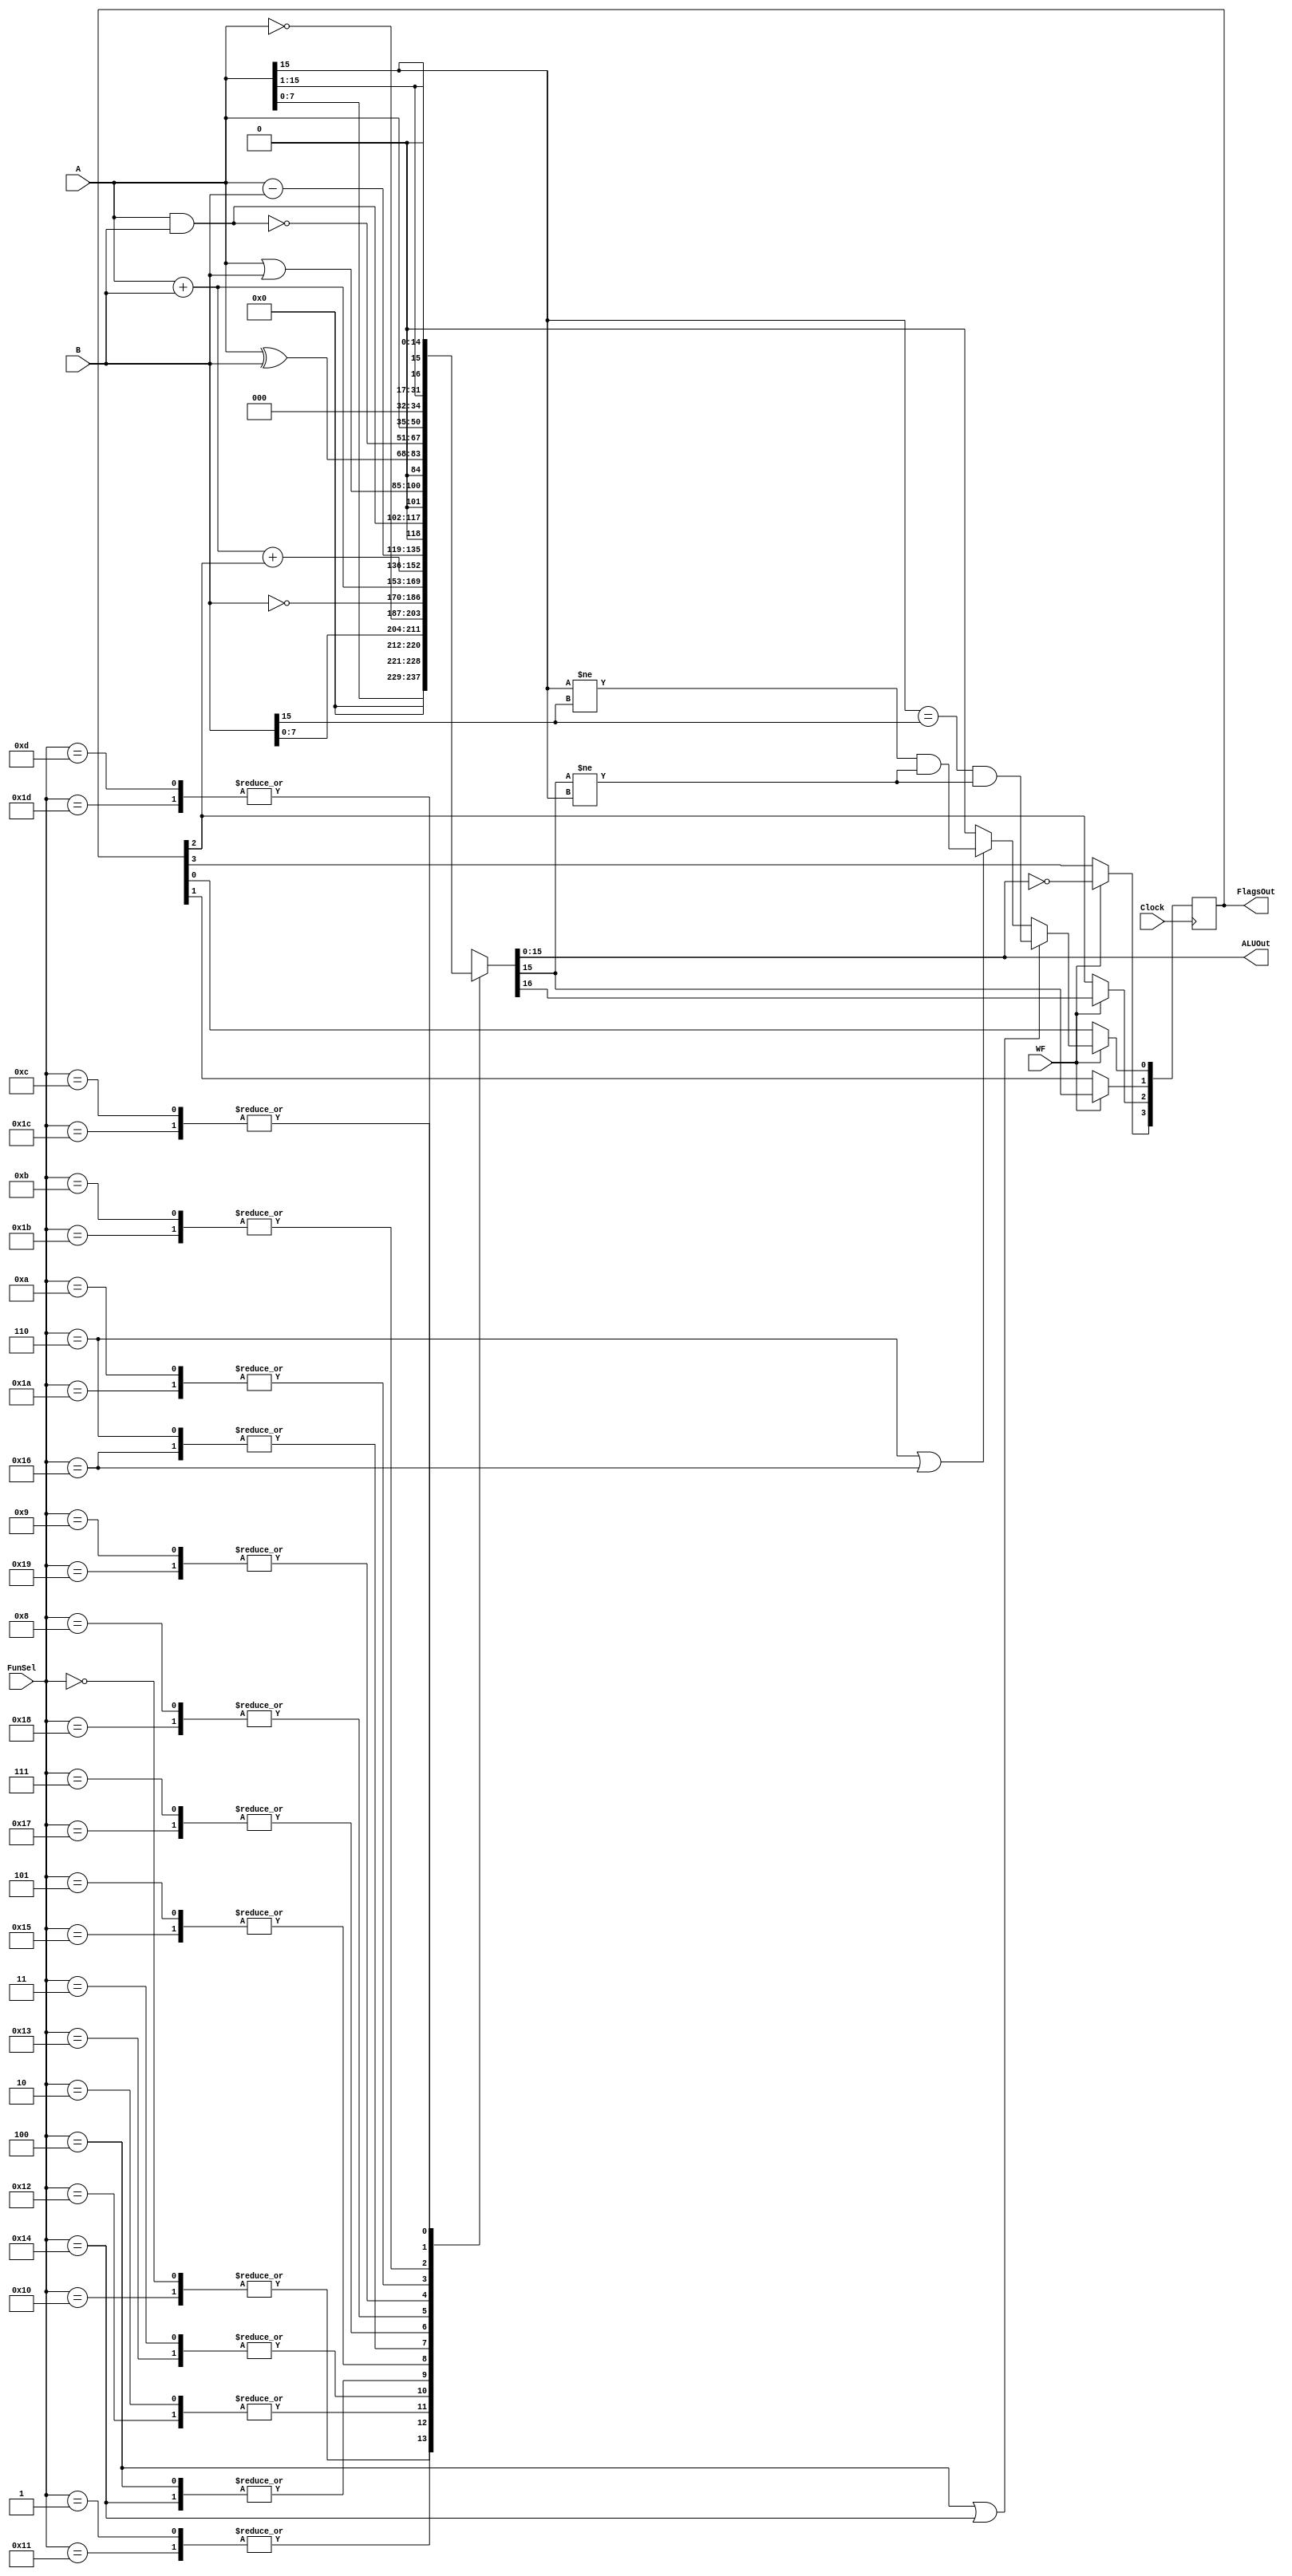
`timescale 1ns / 1ps

module ArithmeticLogicUnit(
    input wire Clock,
    input wire [15:0] A,
    input wire [15:0] B,
    input wire [4:0] FunSel,
    input wire WF,
    output reg [15:0] ALUOut,
    output reg [3:0] FlagsOut // [Z, C, N, O]
);

    reg [16:0] temp; // Extended result for carry-out and overflow handling

    always @(*) begin
            temp = 17'b0; // Reset temp
            case(FunSel)
                // 8-bit and 16-bit operations
                5'b00000, 5'b10000: temp = {8'b0, A[7:0]};
                5'b00001, 5'b10001: temp = {8'b0, B[7:0]};
                5'b00010, 5'b10010: temp = ~A;
                5'b00011, 5'b10011: temp = ~B;
                5'b00100, 5'b10100: temp = A + B;
                5'b00101, 5'b10101: temp = A + B + FlagsOut[2]; // Add with carry
                5'b00110, 5'b10110: temp = A - B;
                5'b00111, 5'b10111: temp = A & B;
                5'b01000, 5'b11000: temp = A | B;
                5'b01001, 5'b11001: temp = A ^ B;
                5'b01010, 5'b11010: temp = ~(A & B);
                5'b01011, 5'b11011: temp = {A, 1'b0}; // LSL
                5'b01100, 5'b11100: temp = {1'b0, A} >> 1; // LSR
                5'b01101, 5'b11101: temp = {A[15], A} >> 1; // ASR
                // CSL and CSR need to handle circular shift logic
                default: temp = 17'bx;
            endcase

            ALUOut = temp[15:0]; // Assign the result to ALUOut
            end
always @(posedge Clock) begin
if (WF) begin
            // Update flags based on the operation
            FlagsOut[3] = (ALUOut == 0); // Z flag
            FlagsOut[2] = temp[16]; // C flag
            FlagsOut[1] = ALUOut[15]; // N flag

            // Overflow flag calculation for add and sub operations
            if (FunSel == 5'b00100 || FunSel == 5'b10100) begin
                FlagsOut[0] = (A[15] == B[15]) && (ALUOut[15] != A[15]); // O flag for addition
            end else if (FunSel == 5'b00110 || FunSel == 5'b10110) begin
                FlagsOut[0] = (A[15] != B[15]) && (ALUOut[15] != A[15]); // O flag for subtraction
            end else begin
                FlagsOut[0] = 0; // O flag reset for other operations
            end
        end
    end
  
endmodule